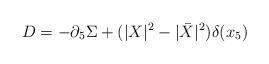
LaTeX: \begin{align*}D = -\partial_5 \Sigma + (|X|^2 - |\bar{X}|^2) \delta(x_5)\end{align*}